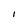
Character: i